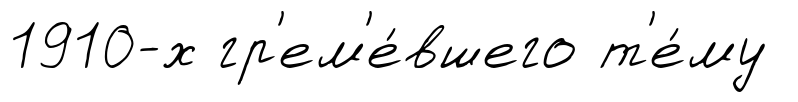
1910-х гр'ем'е́вшего т'е́му